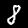
Label: 8